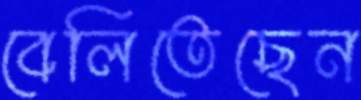
বেলিতেছেন